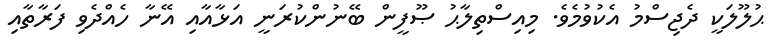
ޙުލޫލަކީ ދެޖިސްމު އެކުވުމެވެ. މިއިސްތިލާޙު ޞޫފީން ބޭނުންކުރަނީ އަޅާއާއި އޭނާ ހެއްދެވި ފަރާތާއި